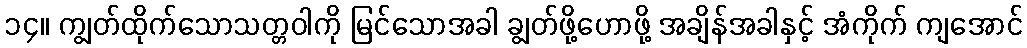
၁၄။ ကျွတ်ထိုက်သောသတ္တဝါကို မြင်သောအခါ ချွတ်ဖို့ဟောဖို့ အချိန်အခါနှင့် အံကိုက် ကျအောင်